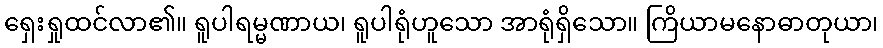
ရှေးရှုထင်လာ၏။ ရူပါရမ္မဏာယ၊ ရူပါရုံဟူသော အာရုံရှိသော။ ကြိယာမနောဓာတုယာ၊